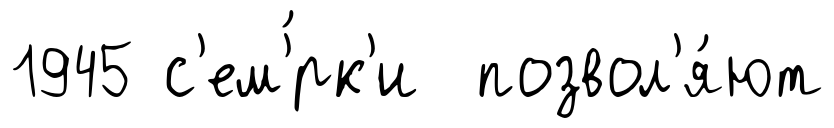
1945 с'ем'́рк'и позвол'я́ют